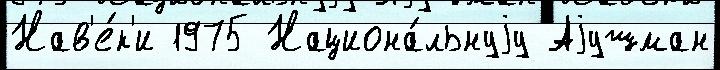
Нав'е́к'и 1975 Национа́льнуjу Аjушман